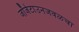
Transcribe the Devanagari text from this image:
जॉर्जटाउनजवळचा